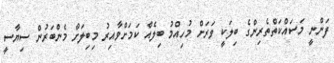
ފަންނީ މަސައްކަތްތެރިންގެ ބިލަކީ ވަރަށް މުހިއްމު ބިލެއް ކަމަށްވާއިރު މިބިލަށް މެންބަރުން ސިޔާސީ